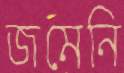
জমেনি